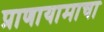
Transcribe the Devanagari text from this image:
प्राणायामाचा